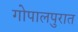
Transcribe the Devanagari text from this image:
गोपालपुरात